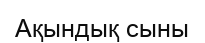
Ақындық сыны